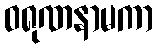
ဝရုဏနာမကာ